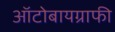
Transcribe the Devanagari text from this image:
ऑटोबायग्राफी